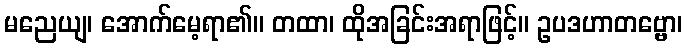
မညေယျ၊ အောက်မေ့ရာ၏။ တထာ၊ ထိုအခြင်းအရာဖြင့်။ ဥပဒဟာတဗ္ဗော၊